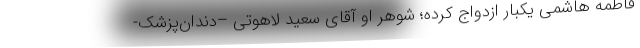
فاطمه هاشمی یکبار ازدواج کرده؛ شوهر او آقای سعید لاهوتی –دندان‌پزشک-